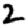
Digit: 2